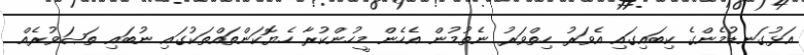
އަޅުގަނޑުމެންގެ ކިބައިގައި އެވަރު ހިތްވަރު ނެތުމުން އެހެން މީހުންކުރާ ހެޔޮކަންތައްތަކުގައި ނުބައި ތަޞަވުރެއް